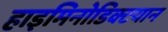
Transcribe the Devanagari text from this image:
हाइमिनोडिक्टयान